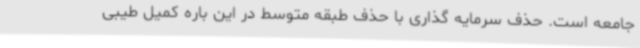
جامعه است. حذف سرمایه گذاری با حذف طبقه متوسط در این باره کمیل طیبی